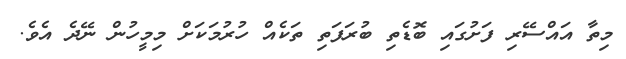
މިތާ އައްސޭރި ފަށުގައި ބޮޑެތި ބުރަފަތި ތަކެއް ހުރުމަކަށް މިމީހުން ނޭދެ އެވެ.